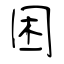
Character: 困